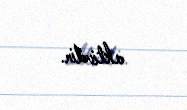
aktivdir.